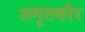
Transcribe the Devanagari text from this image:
अमृतकौर